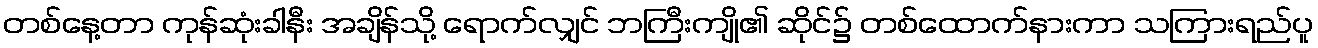
တစ်နေ့တာ ကုန်ဆုံးခါနီး အချိန်သို့ ရောက်လျှင် ဘကြီးကျို၏ ဆိုင်၌ တစ်ထောက်နားကာ သကြားရည်ပူ